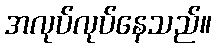
အလုပ်လုပ်နေသည်။